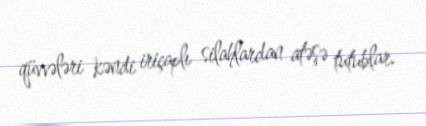
qüvvələri kəndi iriçaplı silahlardan atəşə tutublar.